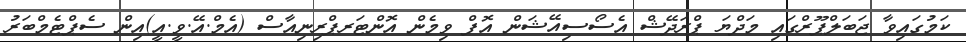
ކަމުގައިވާ ޖަބަލްޕޫރްގައި މަދްޔަ ޕްރަދޭޝް އެސޯސިއޭޝަން އޮފް ވިމެން އޮންޓަރޕްރިނިއާސް (އެމް.އޭ.ވީ.އީ)އިން ސެޕްޓެމްބަރު